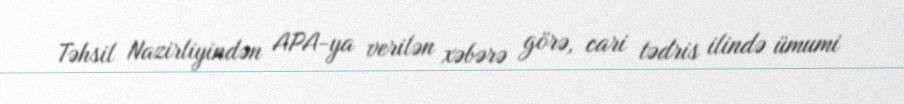
Təhsil Nazirliyindən APA-ya verilən xəbərə görə, cari tədris ilində ümumi